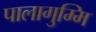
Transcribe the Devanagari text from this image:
पालागुम्मि